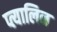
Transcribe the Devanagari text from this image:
प्त्यालिन